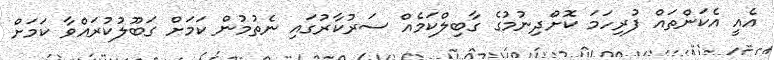
އެއީ އެކަންތައް ފުރިހަމަ ކޮށްދިނުމުގެ ގާބިލްކަމެއް ސަރުކާރުގައި ނެތުމުން ކަމަށް ގަބޫލުކުރައްވާ ކަމަށް